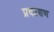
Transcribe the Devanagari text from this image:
प्रकाशण